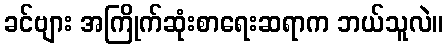
ခင်ဗျား အကြိုက်ဆုံးစာရေးဆရာက ဘယ်သူလဲ။